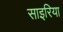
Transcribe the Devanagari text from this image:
साइरिया